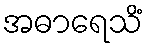
အဓာရေသိံ